Scientific memoirs by medical officers of the Army of India - Part VIII,
Year: 1894
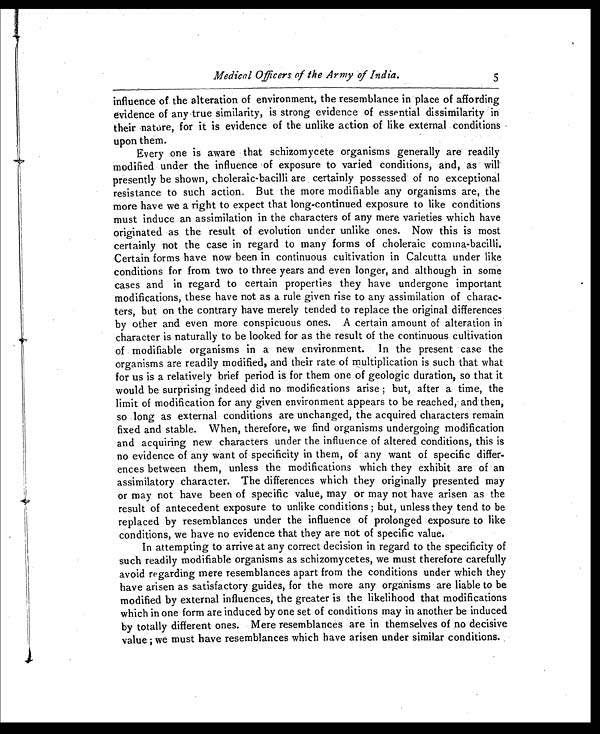
Medical Officers of the Army of India.
5
inluence of the alteration of environment, the resemblance in place of affording
evidence of any true similarity, is strong evidence of essential dissimilarity in
their nature, for it is evidence of the unlike action of like external conditions
upon them.
Every one is aware that schizomycete organisms generally are readily
modified under the influence of exposure to varied conditions, and, as wilt
presently be shown, choleraic-bacilli are certainly possessed' of no exceptional
resistance to such action. But the more modifiable any organisms are, the
more have we a right to expect that long-continued exposure to like conditions
must induce an assimilation in the characters of any mere varieties which have
originated as the result of evolution under unlike ones. Now this is most
certainly not the case in regard to many forms of choleraic comma-bacilli.
Certain forms have now been in continuous cultivation in Calcutta under like
conditions for from two to three years and even longer, and although in some
cases and in regard to certain properties they have undergone important
modifications, these have not as a rule given rise to any assimilation of charac-
ters, but on the contrary have merely tended to replace the original differences
by other and even more conspicuous ones. A certain amount of alteration in
character is naturally to be looked for as the result of the continuous cultivation
of modifiable organisms in a new environment. In the present case the
organisms are readily modified, and their rate of multiplication is such that what
for us is a relatively brief period is for them one of geologic duration, so that it
would be surprising indeed did no modifications arise ; but, after a time, the
limit of modification for any given environment appears to be reached, and then,
so long as external conditions are unchanged, the acquired characters remain
fixed and stable. When, therefore, we find organisms undergoing modification
and acquiring new characters under the influence of altered conditions, this is
no evidence of any want of specificity in them, of any want of specific differ.
ences between them, unless the modifications which they exhibit are of an
assimilatory character. The differences which they originally presented may
or may not have been of specific value, may or may not have arisen as the
result of antecedent exposure to unlike conditions ; but, unless they tend to be
replaced by resemblances under the influence of prolonged exposure to like
conditions, we have no evidence that they are not of specific value.
In attempting to arrive at any correct decision in regard to the specificity of
such readily modifiable organisms as schizomycetes, we must therefore carefully
avoid regarding mere resemblances apart from the conditions under which they
have arisen as satisfactory guides, for the more any organisms are liable to be
modified by external influences, the greater is the likelihood that modifications
which in one form are induced by one set of conditions may in another be induced
by totally different' ones. Mere resemblances are in themselves of no decisive
value ; we must have resemblances which have arisen under similar conditions.